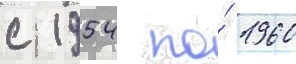
с 1954 по́ 1960